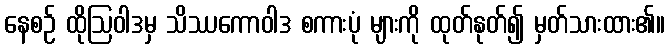
နေစဉ် ထိုဩဝါဒမှ သိဿကောဝါဒ စကားပုံ များကို ထုတ်နုတ်၍ မှတ်သားထား၏။